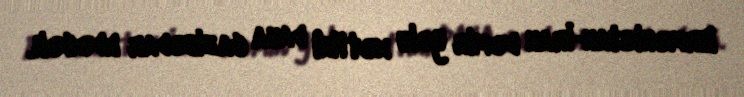
Ermənistan-İran dəmir yolu xəttini daha cazibədar edəcək.